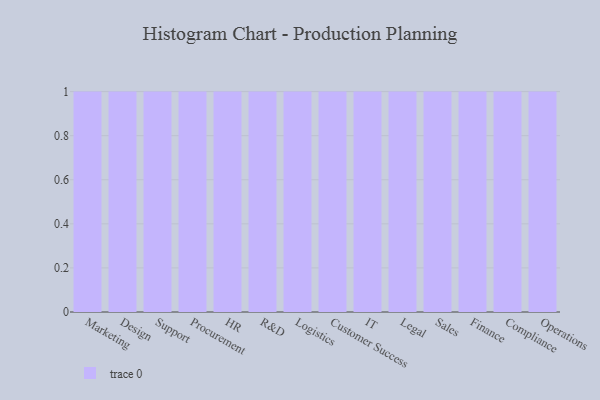
{"axis": {"x": "Department", "y": "Humidity (%)"}, "legend": [""], "data": [{"x": "Marketing", "y": 20, "type": ""}, {"x": "Design", "y": 64, "type": ""}, {"x": "Support", "y": 30, "type": ""}, {"x": "Procurement", "y": 77, "type": ""}, {"x": "HR", "y": 25, "type": ""}, {"x": "R&D", "y": 92, "type": ""}, {"x": "Logistics", "y": 7, "type": ""}, {"x": "Customer Success", "y": 26, "type": ""}, {"x": "IT", "y": 67, "type": ""}, {"x": "Legal", "y": 27, "type": ""}, {"x": "Sales", "y": 79, "type": ""}, {"x": "Finance", "y": 92, "type": ""}, {"x": "Compliance", "y": 46, "type": ""}, {"x": "Operations", "y": 78, "type": ""}]}